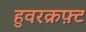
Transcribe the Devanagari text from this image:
हुवरक्रफ़्ट